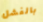
بالفشل